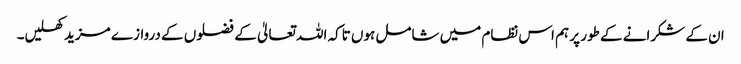
ان کے شکرانے کے طور پر ہم اس نظام میں شامل ہوں تاکہ اللہ تعالیٰ کے فضلوں کے دروازے مزید کھلیں۔